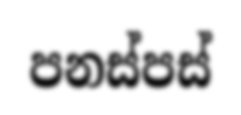
පනස්පස්